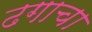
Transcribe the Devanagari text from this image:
ढगाचा